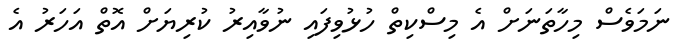
ނަމަވެސް މިހާތަނަށް އެ މިސްކިތް ހުޅުވިފައި ނުވާއިރު ކުރިޔަށް އޮތް އަހަރު އެ